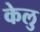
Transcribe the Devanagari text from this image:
केलु